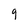
Character: g